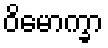
ဝိမောက္ခာ